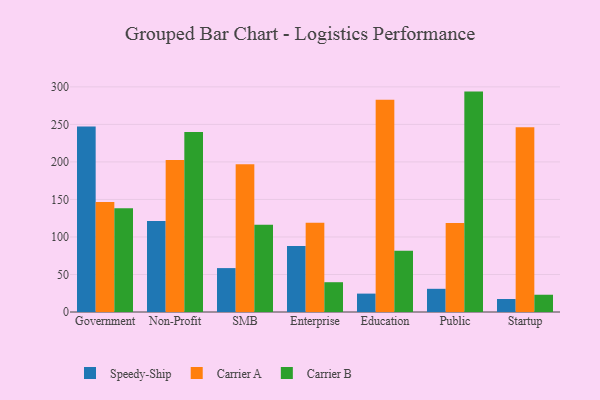
{"axis": {"x": "Segment", "y": "Satisfaction Score"}, "legend": ["Carrier A", "Carrier B", "Speedy-Ship"], "data": [{"x": "Government", "y": 247.3, "type": "Speedy-Ship"}, {"x": "Government", "y": 146.7, "type": "Carrier A"}, {"x": "Government", "y": 138.2, "type": "Carrier B"}, {"x": "Non-Profit", "y": 121.3, "type": "Speedy-Ship"}, {"x": "Non-Profit", "y": 202.4, "type": "Carrier A"}, {"x": "Non-Profit", "y": 240.0, "type": "Carrier B"}, {"x": "SMB", "y": 58.5, "type": "Speedy-Ship"}, {"x": "SMB", "y": 196.8, "type": "Carrier A"}, {"x": "SMB", "y": 116.4, "type": "Carrier B"}, {"x": "Enterprise", "y": 87.9, "type": "Speedy-Ship"}, {"x": "Enterprise", "y": 119.0, "type": "Carrier A"}, {"x": "Enterprise", "y": 39.7, "type": "Carrier B"}, {"x": "Education", "y": 24.5, "type": "Speedy-Ship"}, {"x": "Education", "y": 282.8, "type": "Carrier A"}, {"x": "Education", "y": 81.6, "type": "Carrier B"}, {"x": "Public", "y": 30.9, "type": "Speedy-Ship"}, {"x": "Public", "y": 118.5, "type": "Carrier A"}, {"x": "Public", "y": 293.7, "type": "Carrier B"}, {"x": "Startup", "y": 17.3, "type": "Speedy-Ship"}, {"x": "Startup", "y": 246.1, "type": "Carrier A"}, {"x": "Startup", "y": 23.0, "type": "Carrier B"}]}